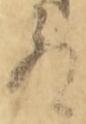
殿